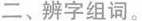
二、辨字组词。